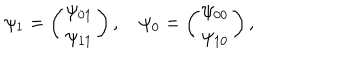
\psi _ { 1 } = \left( \begin{array} { c } { { \psi _ { 0 1 } } } \\ { { \psi _ { 1 1 } } } \\ \end{array} \right) , \quad \psi _ { 0 } = \left( \begin{array} { c } { { \psi _ { 0 0 } } } \\ { { \psi _ { 1 0 } } } \\ \end{array} \right) ,